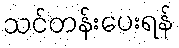
သင်တန်းပေးရန်